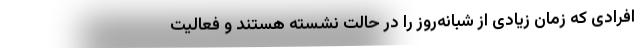
افرادی که زمان زیادی از شبانه‌روز را در حالت نشسته هستند و فعالیت